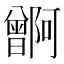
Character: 𬁭